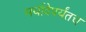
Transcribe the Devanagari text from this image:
मर्यादेपर्यंतच